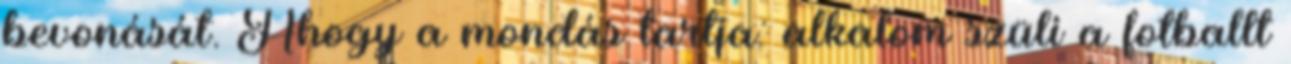
bevonását. Ahogy a mondás tartja: alkalom szüli a fotballt